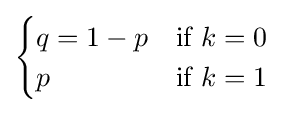
{\begin{cases}q=1-p&{\text{if }}k=0\\p&{\text{if }}k=1\end{cases}}